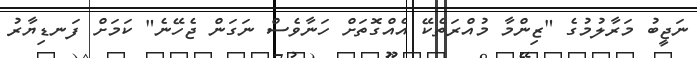
ނަޖީބު މަރާލުމުގެ "ޒިންމާ މުއްރަތެކޭ އެއްގޮތަށް ހަނާވެސް ނަގަން ޖެހޭނެ" ކަަމަށް ފަނޑިޔާރު